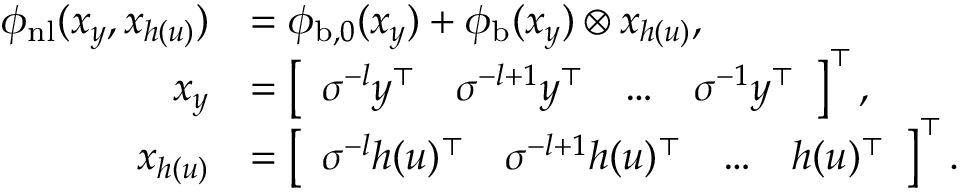
\begin{array} { r l } { \phi _ { \mathrm { n l } } ( x _ { y } , x _ { h ( u ) } ) } & { = \phi _ { \mathrm { b } , 0 } ( x _ { y } ) + \phi _ { \mathrm { b } } ( x _ { y } ) \otimes x _ { h ( u ) } , } \\ { x _ { y } } & { = \left[ \begin{array} { l l l l } { \sigma ^ { - l } y ^ { \top } } & { \sigma ^ { - l + 1 } y ^ { \top } } & { \hdots } & { \sigma ^ { - 1 } y ^ { \top } } \end{array} \right] ^ { \top } , } \\ { x _ { h ( u ) } } & { = \left[ \begin{array} { l l l l } { \sigma ^ { - l } h ( u ) ^ { \top } } & { \sigma ^ { - l + 1 } h ( u ) ^ { \top } } & { \hdots } & { h ( u ) ^ { \top } } \end{array} \right] ^ { \top } . } \end{array}